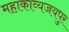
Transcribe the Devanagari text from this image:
महाकाव्यजयपुर